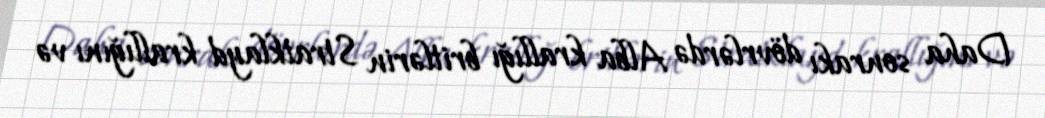
Daha sonrakı dövrlərdə Alba krallığı britlərin Stratklayd krallığını və